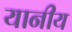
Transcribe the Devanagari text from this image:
यानीय